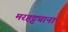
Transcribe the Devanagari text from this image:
मरहट्ट्यानां